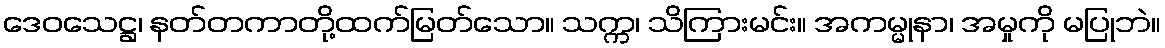
ဒေဝသေဋ္ဌ၊ နတ်တကာတို့ထက်မြတ်သော။ သက္က၊ သိကြားမင်း။ အကမ္မုနာ၊ အမှုကို မပြုဘဲ။